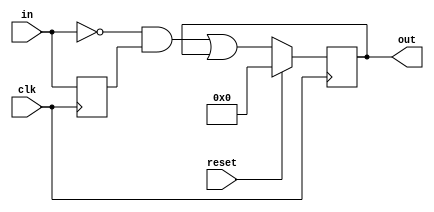
module top_module (
    input clk,
    input reset,
    input [31:0] in,
    output [31:0] out
);
    reg [31:0] d_last;	

    always@(posedge clk)begin
				d_last <= in;
        if(reset)
            out <= 0 ;
        else begin		
					out <= ~in & d_last | out;
        end    
    end
endmodule